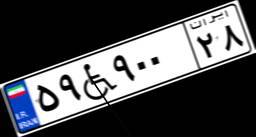
۵۱W۰۹۱۵۱